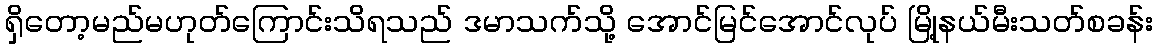
ရှိတော့မည်မဟုတ်ကြောင်းသိရသည် ဒမာသက်သို့ အောင်မြင်အောင်လုပ် မြို့နယ်မီးသတ်စခန်း